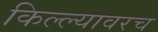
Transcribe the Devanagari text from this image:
किल्ल्यावरच